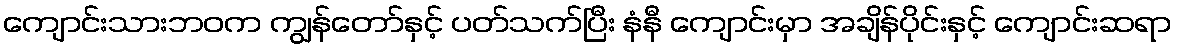
ကျောင်းသားဘဝက ကျွန်တော်နှင့် ပတ်သက်ပြီး နံနီ ကျောင်းမှာ အချိန်ပိုင်းနှင့် ကျောင်းဆရာ